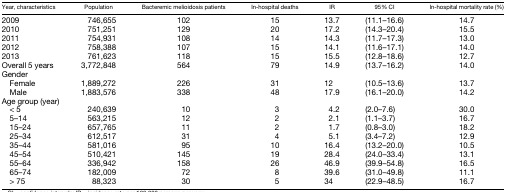
<table><thead><tr><td><b>Year, characteristics</b></td><td><b>Population</b></td><td><b>Bacteremic melioidosis patients</b></td><td><b>In-hospital deaths</b></td><td><b>IR</b></td><td><b>95% CI</b></td><td><b>In-hospital mortality rate (%)</b></td></tr></thead><tbody><tr><td>2009</td><td>746,655</td><td>102</td><td>15</td><td>13.7</td><td>(11.1–16.6)</td><td>14.7</td></tr><tr><td>2010</td><td>751,251</td><td>129</td><td>20</td><td>17.2</td><td>(14.3–20.4)</td><td>15.5</td></tr><tr><td>2011</td><td>754,931</td><td>108</td><td>14</td><td>14.3</td><td>(11.7–17.3)</td><td>13.0</td></tr><tr><td>2012</td><td>758,388</td><td>107</td><td>15</td><td>14.1</td><td>(11.6–17.1)</td><td>14.0</td></tr><tr><td>2013</td><td>761,623</td><td>118</td><td>15</td><td>15.5</td><td>(12.8–18.6)</td><td>12.7</td></tr><tr><td>Overall 5 years</td><td>3,772,848</td><td>564</td><td>79</td><td>14.9</td><td>(13.7–16.2)</td><td>14.0</td></tr><tr><td colspan="7">Gender</td></tr><tr><td> Female</td><td>1,889,272</td><td>226</td><td>31</td><td>12</td><td>(10.5–13.6)</td><td>13.7</td></tr><tr><td> Male</td><td>1,883,576</td><td>338</td><td>48</td><td>17.9</td><td>(16.1–20.0)</td><td>14.2</td></tr><tr><td colspan="7">Age group (year)</td></tr><tr><td> &lt; 5</td><td>240,639</td><td>10</td><td>3</td><td>4.2</td><td>(2.0–7.6)</td><td>30.0</td></tr><tr><td> 5–14</td><td>563,215</td><td>12</td><td>2</td><td>2.1</td><td>(1.1–3.7)</td><td>16.7</td></tr><tr><td> 15–24</td><td>657,765</td><td>11</td><td>2</td><td>1.7</td><td>(0.8–3.0)</td><td>18.2</td></tr><tr><td> 25–34</td><td>612,517</td><td>31</td><td>4</td><td>5.1</td><td>(3.4–7.2)</td><td>12.9</td></tr><tr><td> 35–44</td><td>581,016</td><td>95</td><td>10</td><td>16.4</td><td>(13.2–20.0)</td><td>10.5</td></tr><tr><td> 45–54</td><td>510,421</td><td>145</td><td>19</td><td>28.4</td><td>(24.0–33.4)</td><td>13.1</td></tr><tr><td> 55–64</td><td>336,942</td><td>158</td><td>26</td><td>46.9</td><td>(39.9–54.8)</td><td>16.5</td></tr><tr><td> 65–74</td><td>182,009</td><td>72</td><td>8</td><td>39.6</td><td>(31.0–49.8)</td><td>11.1</td></tr><tr><td> &gt; 75</td><td>88,323</td><td>30</td><td>5</td><td>34</td><td>(22.9–48.5)</td><td>16.7</td></tr></tbody></table>